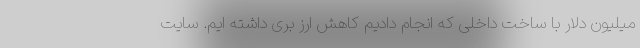
میلیون دلار با ساخت داخلی که انجام دادیم کاهش ارز بری داشته ایم. سایت